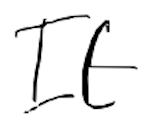
Text: It
Cross-out: clean
Writing tool: digital_black